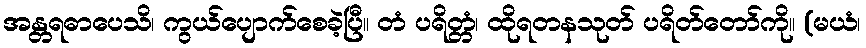
အန္တရဓာပေသိ၊ ကွယ်ပျောက်စေခဲ့ပြီ။ တံ ပရိတ္တံ၊ ထိုရတနသုတ် ပရိတ်တော်ကို။ (မယံ၊